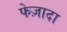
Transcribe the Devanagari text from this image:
फेज़ादा